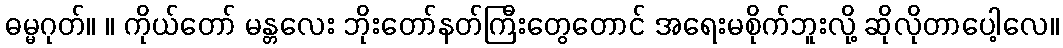
ဓမ္မဂုတ်။ ။ ကိုယ်တော် မန္တလေး ဘိုးတော်နတ်ကြီးတွေတောင် အရေးမစိုက်ဘူးလို့ ဆိုလိုတာပေါ့လေ။